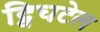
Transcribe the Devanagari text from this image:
ट्विचटेल